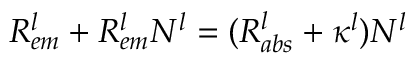
R _ { e m } ^ { l } + R _ { e m } ^ { l } N _ { } ^ { l } = ( R _ { a b s } ^ { l } + \kappa ^ { l } ) N _ { } ^ { l }